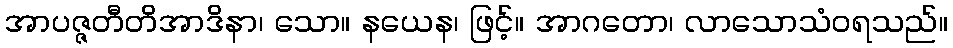
အာပဇ္ဇတီတိအာဒိနာ၊ သော။ နယေန၊ ဖြင့်။ အာဂတော၊ လာသောသံဝရသည်။